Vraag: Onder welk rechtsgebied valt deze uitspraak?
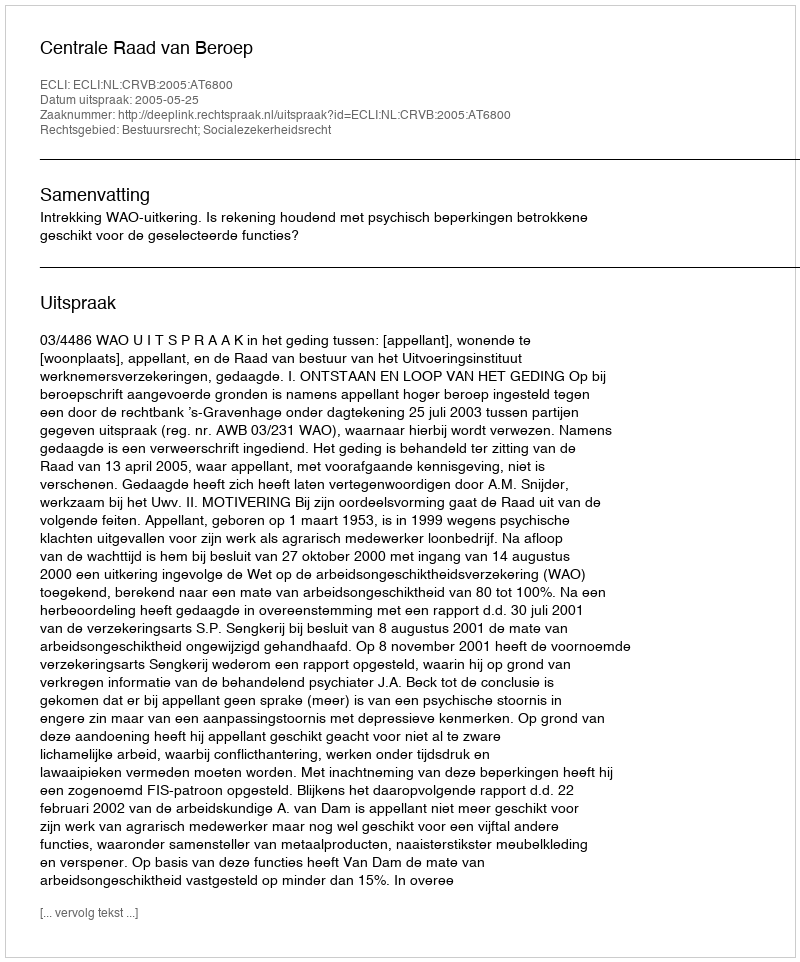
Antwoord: Bestuursrecht; Socialezekerheidsrecht